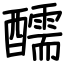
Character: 醹